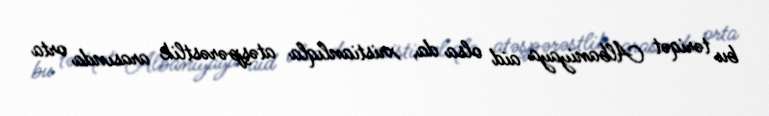
bu təriqət Albaniyaya aid olsa da, xristianlıqla atəşpərəstlik arasında orta